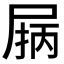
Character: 𰍽